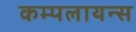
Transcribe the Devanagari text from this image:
कम्पलायन्स